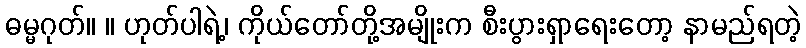
ဓမ္မဂုတ်။ ။ ဟုတ်ပါရဲ့၊ ကိုယ်တော်တို့အမျိုးက စီးပွားရှာရေးတော့ နာမည်ရတဲ့